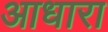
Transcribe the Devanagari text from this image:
आधारा